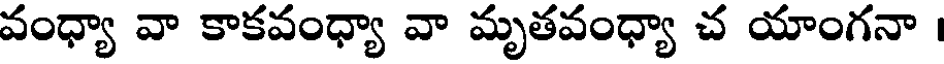
వంధ్యా వా కాకవంధ్యా వా మృతవంధ్యా చ యాంగనా